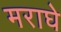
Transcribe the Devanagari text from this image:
मराघे